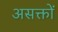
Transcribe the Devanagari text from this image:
असक्तों